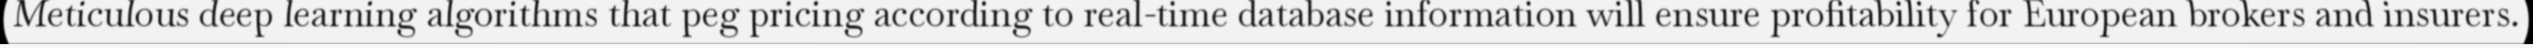
Meticulous deep learning algorithms that peg pricing according to real-time database information will ensure profitability for European brokers and insurers.